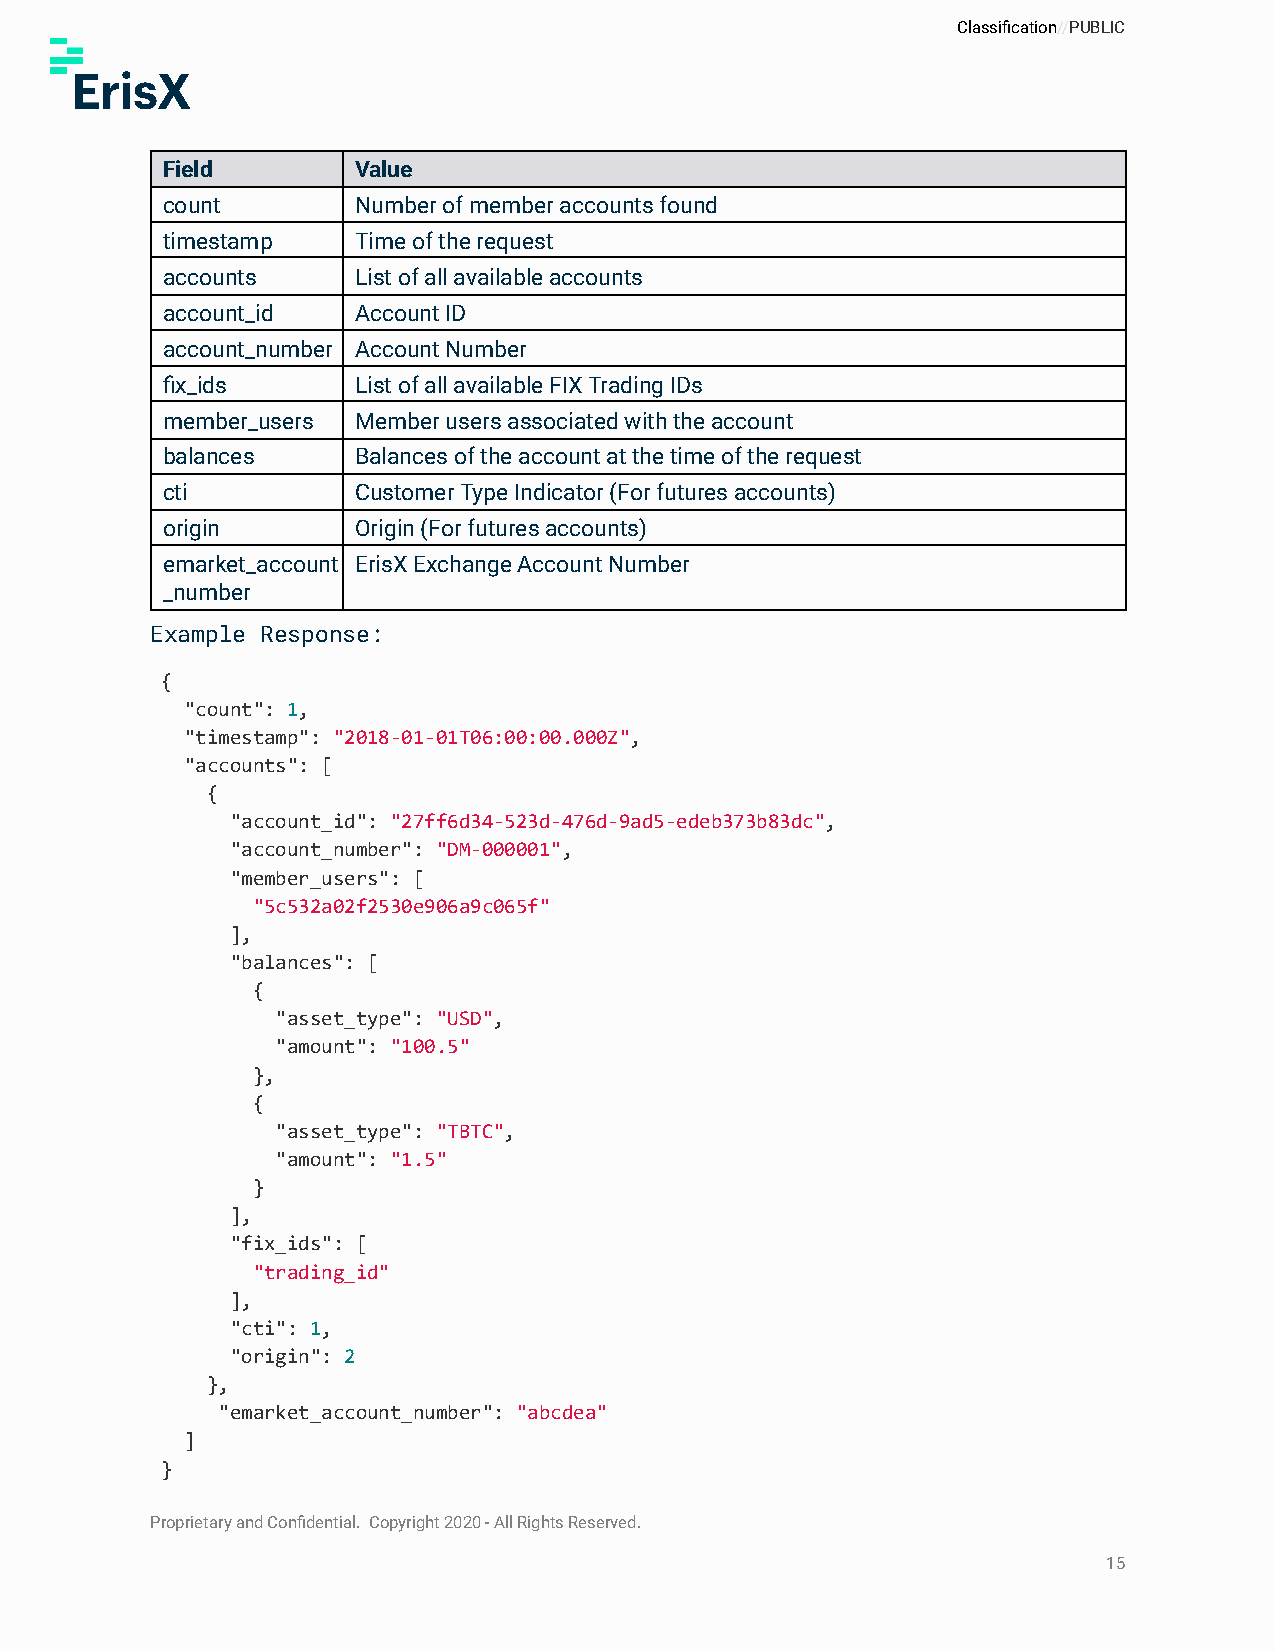
Classification//PUBLIC
 Field       Value
 count       Number of member accounts found
 timestamp   Time of the request
 accounts    List of all available accounts
 account_id  Account ID
 account_number Account Number
 fix_ids     List of all available FIX Trading IDs
 member_users Member users associated with the account
 balances    Balances of the account at the time of the request
 cti         Customer Type Indicator (For futures accounts)
 origin      Origin (For futures accounts)
 emarket_account ErisX Exchange Account Number
 _number
 Example Response:
 {
 "count": 1,
 "timestamp": "2018-01-01T06:00:00.000Z",
 "accounts": [
 {
 "account_id": "27ff6d34-523d-476d-9ad5-edeb373b83dc",
 "account_number": "DM-000001",
 "member_users": [
 "5c532a02f2530e906a9c065f"
 ],
 "balances": [
 {
 "asset_type": "USD",
 "amount": "100.5"
 },
 {
 "asset_type": "TBTC",
 "amount": "1.5"
 }
 ],
 "fix_ids": [
 "trading_id"
 ],
 "cti": 1,
 "origin": 2
 },
 "emarket_account_number": "abcdea"
 ]
 }
 Proprietary and Confidential. Copyright 2020 - All Rights Reserved.
 15